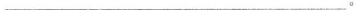
___。